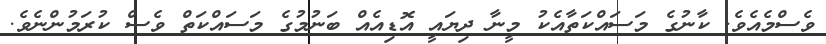
ވެސްމެއެވެ. ކާނުގެ މަސައްކަތާއެކު މީނާ ދިޔައީ އޮޑިއެއް ބަނުމުގެ މަސައްކަތް ވެސް ކުރަމުންނެވެ.